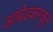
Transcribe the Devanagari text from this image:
आंबेडकरकृत